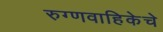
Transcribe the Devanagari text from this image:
रुग्णवाहिकेचे